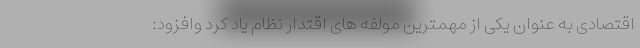
اقتصادی به عنوان یکی از مهمترین مولفه های اقتدار نظام یاد کرد وافزود: